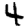
Digit: 4